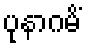
ပုနာဂမိံ